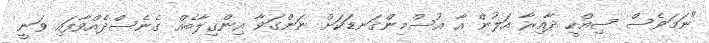
"ނަމަވެސް ސިއްހީ ދާއިރާ އަލުން އާ އުސްމިންގަނޑަކަށް ނަންގަވާ އިންގިލާބެއް ގެނެސްދެއްވާފައި ވަނީ